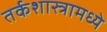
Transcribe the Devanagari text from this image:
तर्कशास्त्रामध्ये